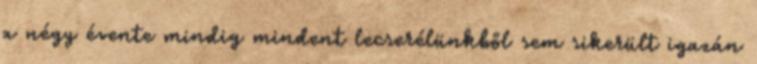
a négy évente mindig mindent lecserélünkből sem sikerült igazán